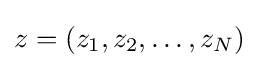
z=(z_{1},z_{2},\ldots ,z_{N})